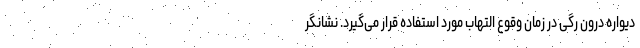
دیواره درون رگی در زمان وقوع التهاب مورد استفاده قرار می‌گیرد. نشانگر